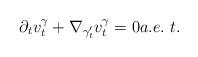
LaTeX: \begin{align*}\qquad\partial_t v^\gamma_t+\nabla_{\gamma'_t}v^\gamma_t=0a.e.\ t.\end{align*}